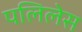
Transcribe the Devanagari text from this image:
पलिलेस